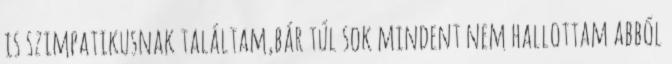
is szimpatikusnak találtam,bár túl sok mindent nem hallottam abból